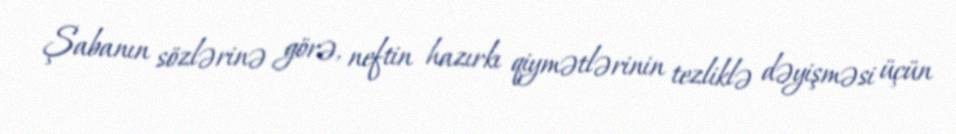
Şabanın sözlərinə görə, neftin hazırkı qiymətlərinin tezliklə dəyişməsi üçün